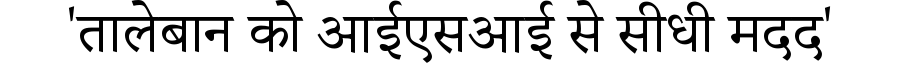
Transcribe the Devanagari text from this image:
'तालेबान को आईएसआई से सीधी मदद'